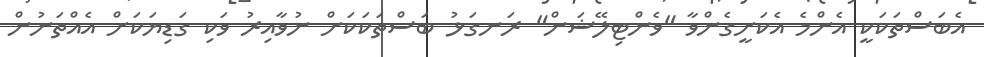
އެބަސްތަކަކީ އެންމެ އެކަށީގެންވާ "ވެންޓިލޭޝަން" ރަނގަޅު ބަސްތަކަކަށް ނުވާއިރު ވަކި ގަޑިޔަކަށް އެއްތަނުން